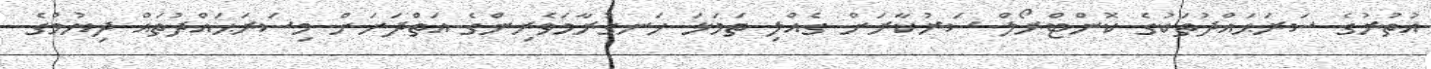
އުތުރުގެ ސަރަޙައްދުތަކުގެ ކޮންޓްރޯލް ސަރުކާރަށް ގެއްލި ތަމަޅަ ހަނގުރާމަވެރިންގެ އަތްދަށަށް މިސަރަޙައްދުތައް ދިޔުމުގެ